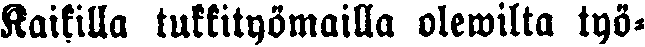
Kaikilla tukkityömailla olewilta työ-